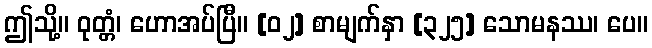
ဤသို့။ ဝုတ္တံ၊ ဟောအပ်ပြီ။ [၀၂] စာမျက်နှာ [၃၂၅] သောမနဿ၊ ပေ။